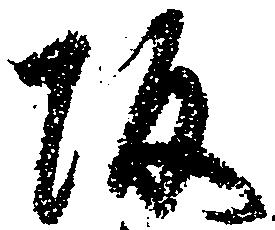
坂